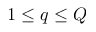
1 \leq q \leq Q